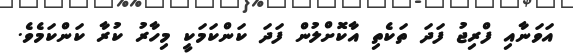
އަވަނާއި ފްރިޖު ފަދަ ތަކެތި އާކޮށްލުން ފަދަ ކަންކަމަކީ މިހާރު ކުރާ ކަންކަމެވެ.